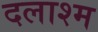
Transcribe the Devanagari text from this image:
दलाश्म